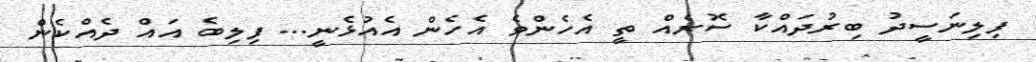
ފިލިނަސީދު ބިރުދައްކާ ސޮރެއް ތީ އެހެންވެ އެހެން އެއުޅެނީ... ފިލިބެ އައް ދެއްކެން